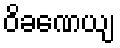
ဝိခဏေယျ